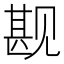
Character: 𬢏